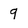
Character: 9